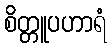
စိတ္တူပဟာရံ